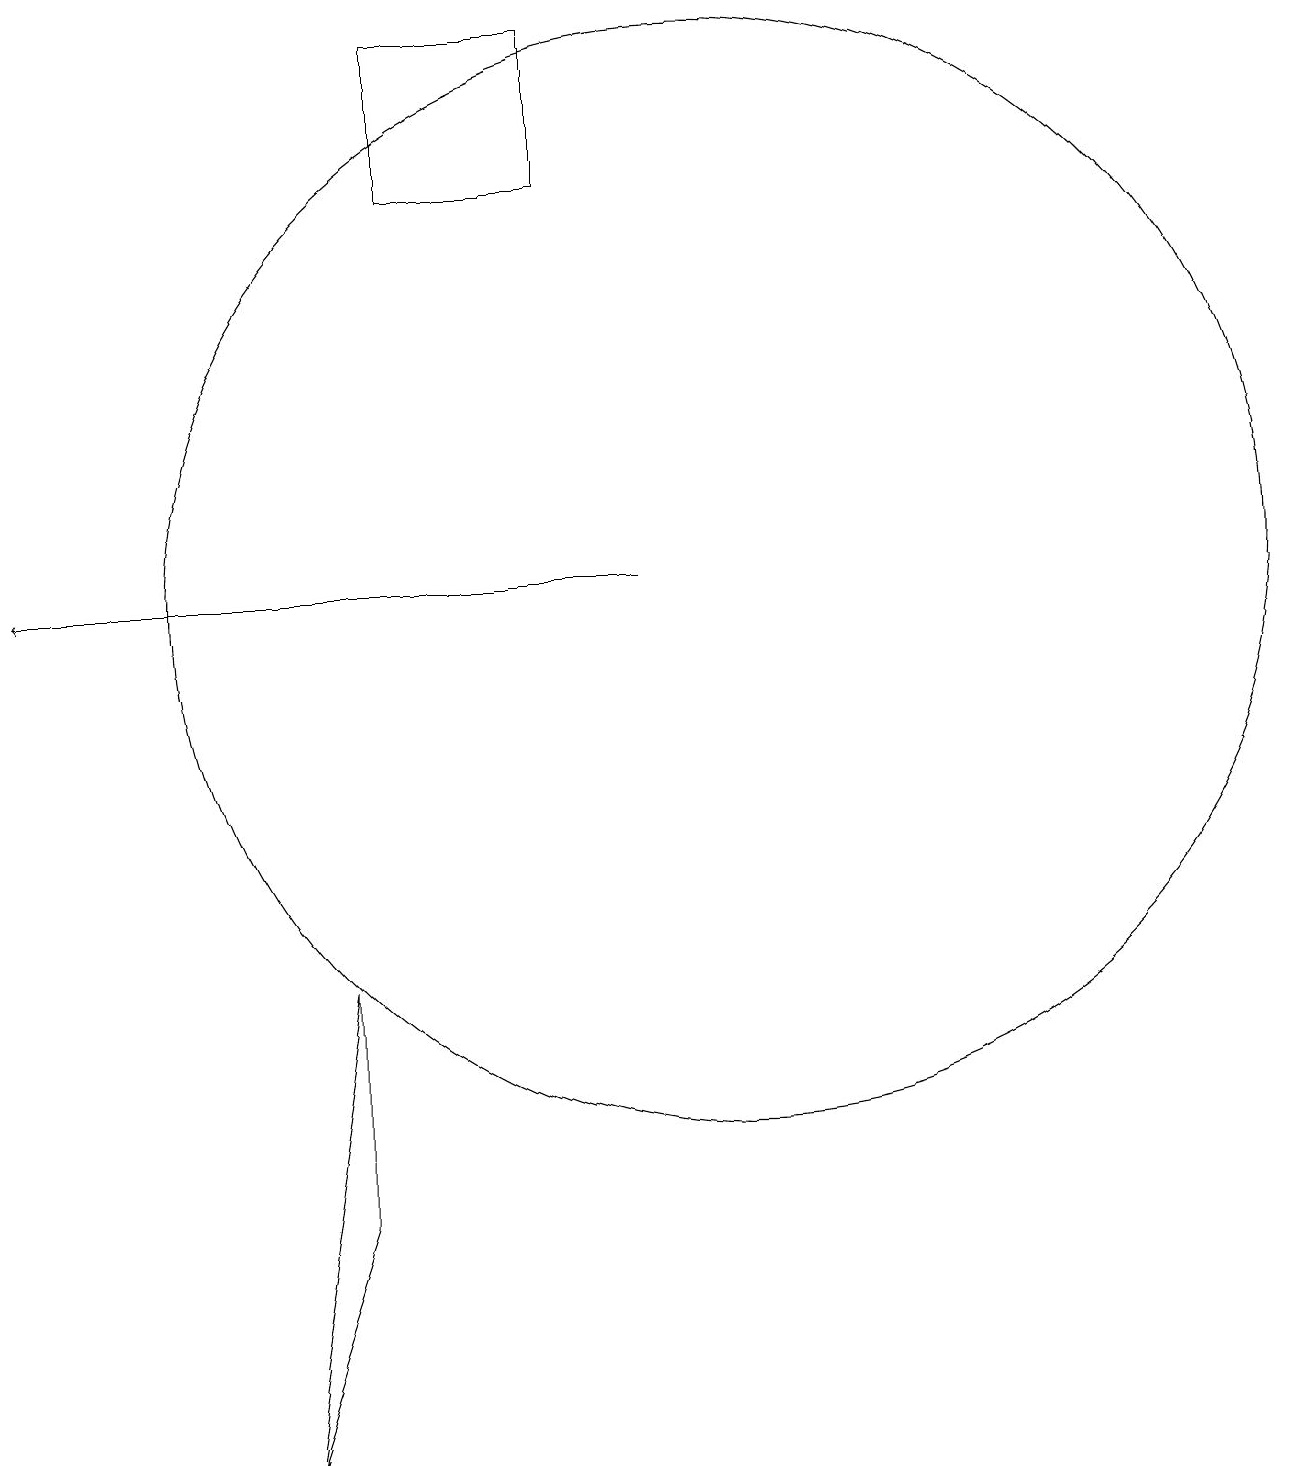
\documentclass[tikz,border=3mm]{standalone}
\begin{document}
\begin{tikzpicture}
\draw[->] (9,11) -- (1,11);
\draw (10,11) circle (7);
\draw (8,18) rectangle (6,16);
\draw (5,6) -- (5,3) -- (4,0) -- cycle;
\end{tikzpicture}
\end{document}